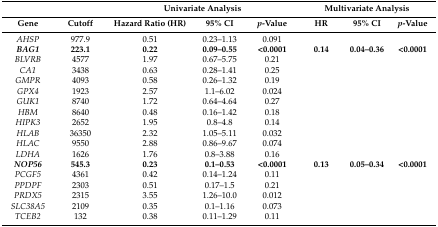
|  |  | <COLSPAN=3> Univariate Analysis | <COLSPAN=3> Multivariate Analysis |
 | Gene | Cutoff | Hazard Ratio (HR) | 95% CI | p-Value | HR | 95% CI | p-Value |
 | --- | --- | --- | --- | --- | --- | --- | --- |
 | AHSP | 977.9 | 0.51 | 0.23–1.13 | 0.091 |  |  |  |
 | BAG1 | 223.1 | 0.22 | 0.09–0.55 | <0.0001 | 0.14 | 0.04–0.36 | <0.0001 |
 | BLVRB | 4577 | 1.97 | 0.67–5.75 | 0.21 |  |  |  |
 | CA1 | 3438 | 0.63 | 0.28–1.41 | 0.25 |  |  |  |
 | GMPR | 4093 | 0.58 | 0.26–1.32 | 0.19 |  |  |  |
 | GPX4 | 1923 | 2.57 | 1.1–6.02 | 0.024 |  |  |  |
 | GUK1 | 8740 | 1.72 | 0.64–4.64 | 0.27 |  |  |  |
 | HBM | 8640 | 0.48 | 0.16–1.42 | 0.18 |  |  |  |
 | HIPK3 | 2652 | 1.95 | 0.8–4.8 | 0.14 |  |  |  |
 | HLAB | 36350 | 2.32 | 1.05–5.11 | 0.032 |  |  |  |
 | HLAC | 9550 | 2.88 | 0.86–9.67 | 0.074 |  |  |  |
 | LDHA | 1626 | 1.76 | 0.8–3.88 | 0.16 |  |  |  |
 | NOP56 | 545.3 | 0.23 | 0.1–0.53 | <0.0001 | 0.13 | 0.05–0.34 | <0.0001 |
 | PCGF5 | 4361 | 0.42 | 0.14–1.24 | 0.11 |  |  |  |
 | PPDPF | 2303 | 0.51 | 0.17–1.5 | 0.21 |  |  |  |
 | PRDX5 | 2315 | 3.55 | 1.26–10.0 | 0.012 |  |  |  |
 | SLC38A5 | 2109 | 0.35 | 0.1–1.16 | 0.073 |  |  |  |
 | TCEB2 | 132 | 0.38 | 0.11–1.29 | 0.11 |  |  |  |